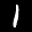
Label: 1